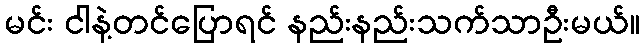
မင်း ငါနဲ့တင်ပြောရင် နည်းနည်းသက်သာဦးမယ်။